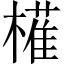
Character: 𭬈